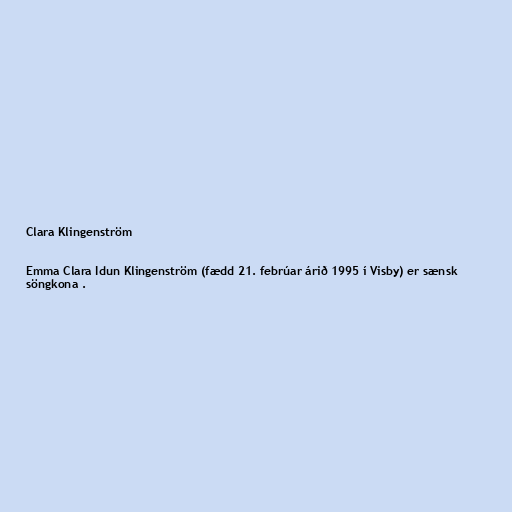
Clara Klingenström

Emma Clara Idun Klingenström (fædd 21. febrúar árið 1995 í Visby) er sænsk
söngkona .